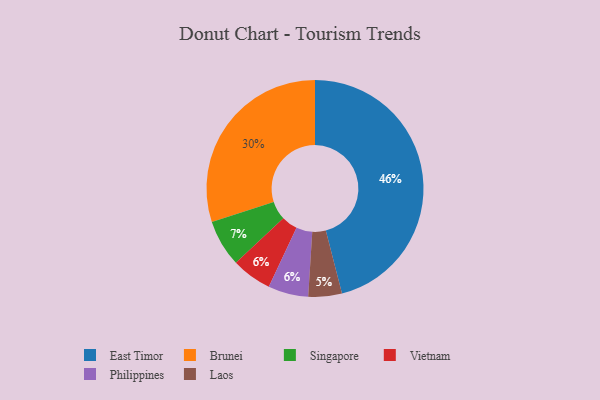
{"axis": {"x": "Category", "y": "Percentage"}, "legend": ["Brunei", "East Timor", "Laos", "Philippines", "Singapore", "Vietnam"], "data": [{"x": "Laos", "y": 5, "type": "Laos"}, {"x": "Brunei", "y": 30, "type": "Brunei"}, {"x": "East Timor", "y": 46, "type": "East Timor"}, {"x": "Vietnam", "y": 6, "type": "Vietnam"}, {"x": "Singapore", "y": 7, "type": "Singapore"}, {"x": "Philippines", "y": 6, "type": "Philippines"}]}